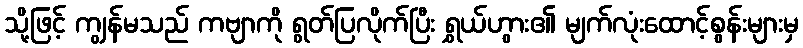
သို့ဖြင့် ကျွန်မသည် ကဗျာကို ရွတ်ပြလိုက်ပြီး ရွှယ်ဟွား၏ မျက်လုံးထောင့်စွန်းများမှ